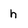
Character: h